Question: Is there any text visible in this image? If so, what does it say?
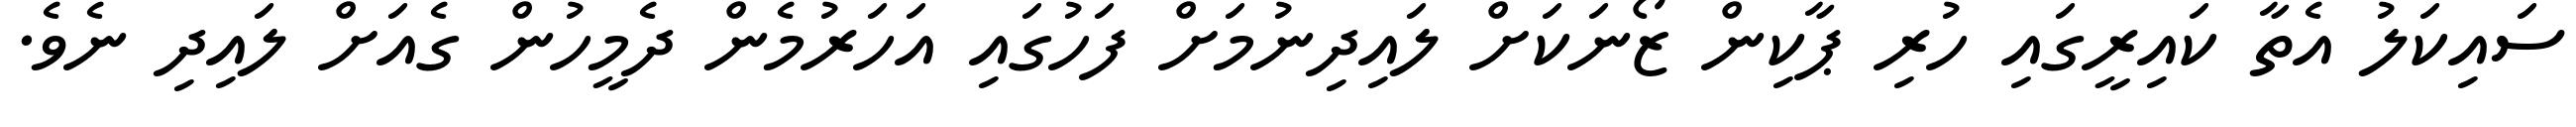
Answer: ސައިކަލު އެތާ ކައިރީގައި ހުރި ޕާކިން ޒޯނަކަށް ލައިދިނުމަށް ފަހުގައި އަހަރުމެން ދެމީހުން ގެއަށް ލައިދި ނެވެ.